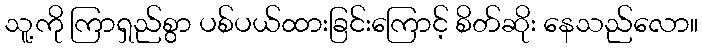
သူ့ကို ကြာရှည်စွာ ပစ်ပယ်ထားခြင်းကြောင့် စိတ်ဆိုး နေသည်လော။